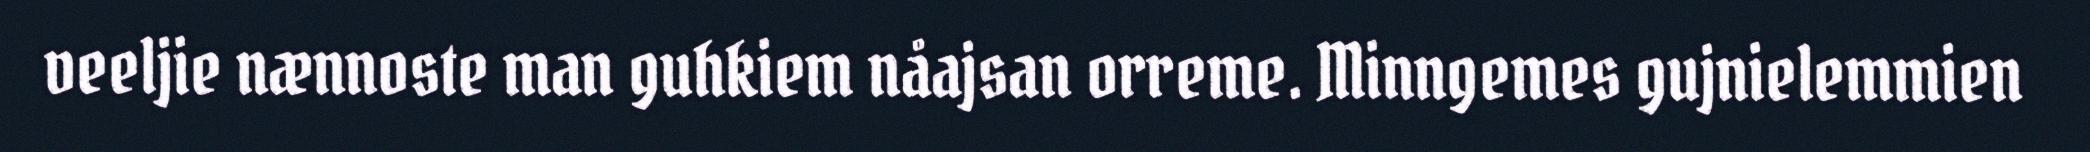
veeljie nænnoste man guhkiem nåajsan orreme. Minngemes gujnielemmien